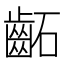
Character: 𮯂